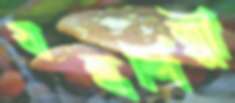
যন্ত্রশিল্পী